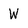
Character: W